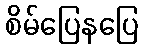
စိမ်ပြေနပြေ